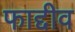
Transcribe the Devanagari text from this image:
फाद्दीव